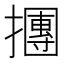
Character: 㩛